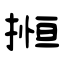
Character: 搄